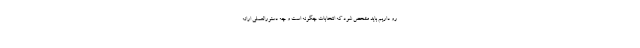
رو داریم باید مشخص شود که انتخابات چگونه است و چه دستورالعملی ارائه